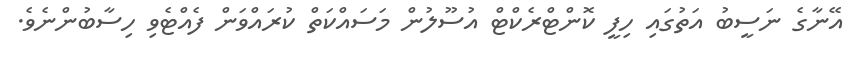
އޭނާގެ ނަސީބު އަތުގައި ހިފީ ކޮންޓްރެކްޓް އުސޫލުން މަސައްކަތް ކުރައްވަން ފެއްޓެވި ހިސާބުންނެވެ.